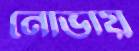
নোভায়